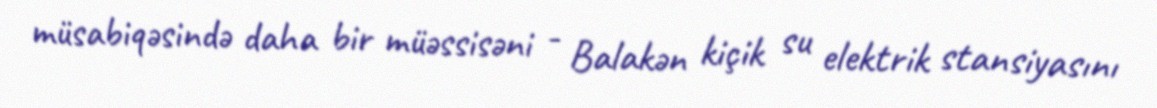
müsabiqəsində daha bir müəssisəni - Balakən kiçik su elektrik stansiyasını